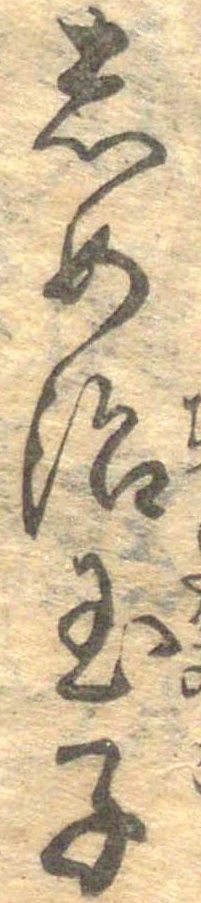
しめ治玉子